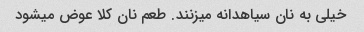
خیلی به نان سیاهدانه میزنند. طعم نان کلا عوض میشود